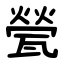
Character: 甇